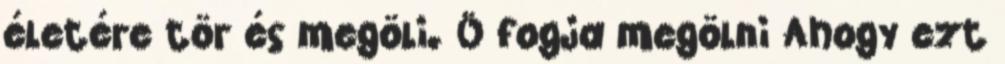
életére tör és megöli. Ö fogja megölni Ahogy ezt